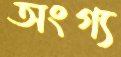
অংগ্য